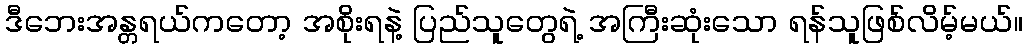
ဒီဘေးအန္တရယ်ကတော့ အစိုးရနဲ့ ပြည်သူတွေရဲ့ အကြီးဆုံးသော ရန်သူဖြစ်လိမ့်မယ်။